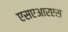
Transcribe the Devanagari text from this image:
एसएआरएस